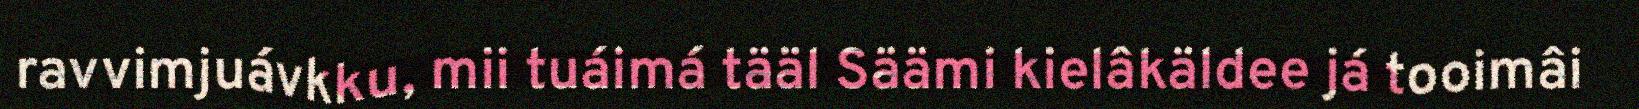
ravvimjuávkku, mii tuáimá tääl Säämi kielâkäldee já tooimâi